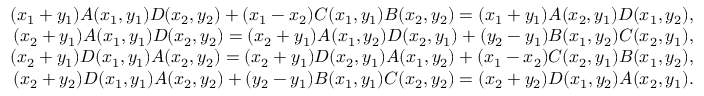
\begin{array} { r } { ( x _ { 1 } + y _ { 1 } ) A ( x _ { 1 } , y _ { 1 } ) D ( x _ { 2 } , y _ { 2 } ) + ( x _ { 1 } - x _ { 2 } ) C ( x _ { 1 } , y _ { 1 } ) B ( x _ { 2 } , y _ { 2 } ) = ( x _ { 1 } + y _ { 1 } ) A ( x _ { 2 } , y _ { 1 } ) D ( x _ { 1 } , y _ { 2 } ) , } \\ { ( x _ { 2 } + y _ { 1 } ) A ( x _ { 1 } , y _ { 1 } ) D ( x _ { 2 } , y _ { 2 } ) = ( x _ { 2 } + y _ { 1 } ) A ( x _ { 1 } , y _ { 2 } ) D ( x _ { 2 } , y _ { 1 } ) + ( y _ { 2 } - y _ { 1 } ) B ( x _ { 1 } , y _ { 2 } ) C ( x _ { 2 } , y _ { 1 } ) , } \\ { ( x _ { 2 } + y _ { 1 } ) D ( x _ { 1 } , y _ { 1 } ) A ( x _ { 2 } , y _ { 2 } ) = ( x _ { 2 } + y _ { 1 } ) D ( x _ { 2 } , y _ { 1 } ) A ( x _ { 1 } , y _ { 2 } ) + ( x _ { 1 } - x _ { 2 } ) C ( x _ { 2 } , y _ { 1 } ) B ( x _ { 1 } , y _ { 2 } ) , } \\ { ( x _ { 2 } + y _ { 2 } ) D ( x _ { 1 } , y _ { 1 } ) A ( x _ { 2 } , y _ { 2 } ) + ( y _ { 2 } - y _ { 1 } ) B ( x _ { 1 } , y _ { 1 } ) C ( x _ { 2 } , y _ { 2 } ) = ( x _ { 2 } + y _ { 2 } ) D ( x _ { 1 } , y _ { 2 } ) A ( x _ { 2 } , y _ { 1 } ) . } \end{array}